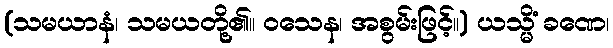
(သမယာနံ၊ သမယတို့၏။ ဝသေန၊ အစွမ်းဖြင့်။) ယသ္မိံ ခဏေ၊